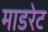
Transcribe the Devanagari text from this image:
माडरेट